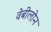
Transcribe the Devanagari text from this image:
वेबीलोन